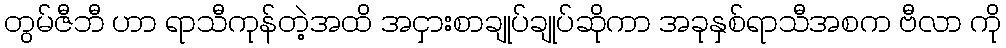
တွမ်ဇီဘီ ဟာ ရာသီကုန်တဲ့အထိ အငှားစာချုပ်ချုပ်ဆိုကာ အခုနှစ်ရာသီအစက ဗီလာ ကို